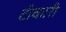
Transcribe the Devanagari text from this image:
टीकारी